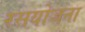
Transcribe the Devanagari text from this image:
रसयोजना